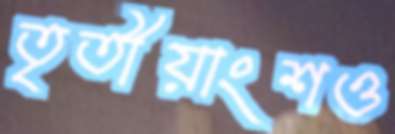
তৃতীয়াংশও